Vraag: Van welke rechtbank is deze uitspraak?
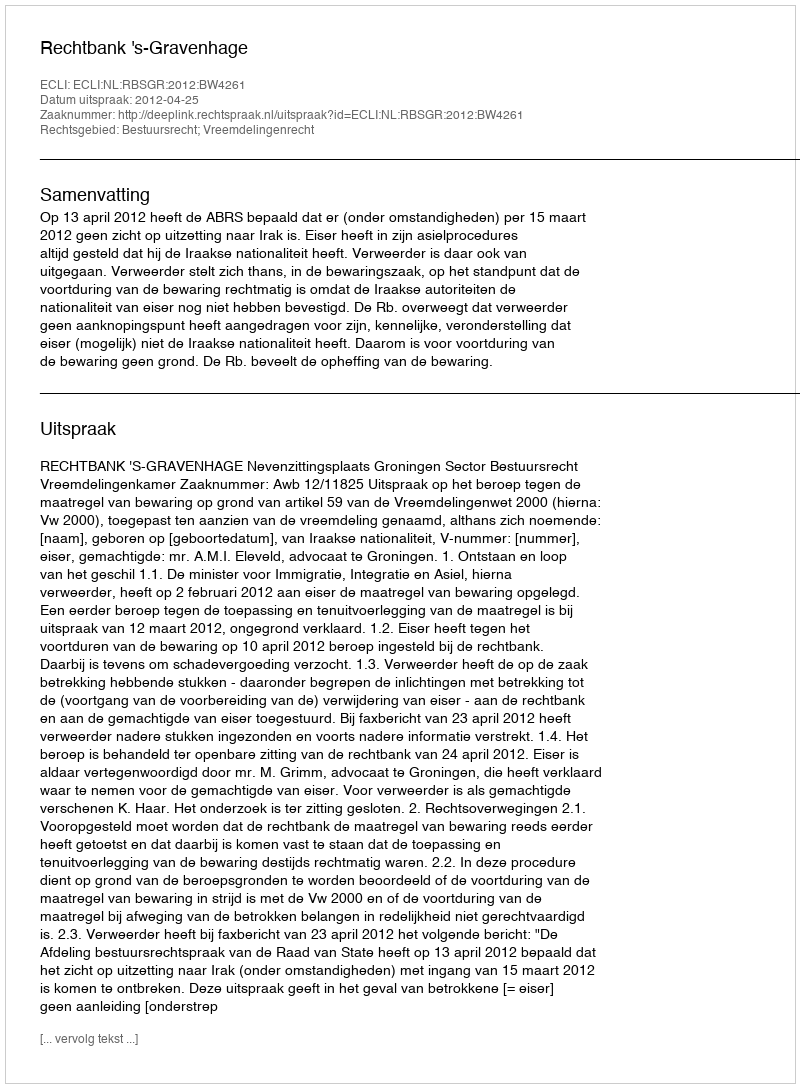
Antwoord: Rechtbank 's-Gravenhage